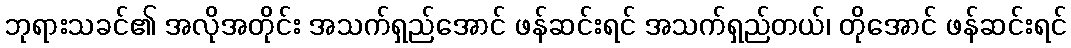
ဘုရားသခင်၏ အလိုအတိုင်း အသက်ရှည်အောင် ဖန်ဆင်းရင် အသက်ရှည်တယ်၊ တိုအောင် ဖန်ဆင်းရင်